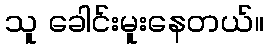
သူ ခေါင်းမူးနေတယ်။